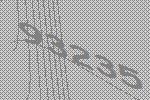
93235